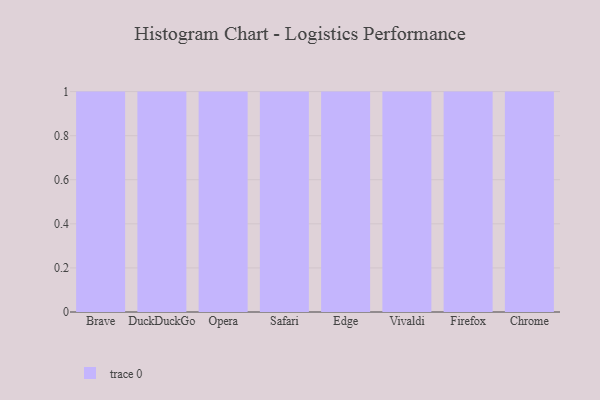
{"axis": {"x": "Browser", "y": "Temperature (°C)"}, "legend": [""], "data": [{"x": "Brave", "y": 8, "type": ""}, {"x": "DuckDuckGo", "y": 11, "type": ""}, {"x": "Opera", "y": 30, "type": ""}, {"x": "Safari", "y": 92, "type": ""}, {"x": "Edge", "y": 46, "type": ""}, {"x": "Vivaldi", "y": 44, "type": ""}, {"x": "Firefox", "y": 63, "type": ""}, {"x": "Chrome", "y": 36, "type": ""}]}